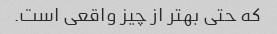
که حتی بهتر از چیز واقعی است.